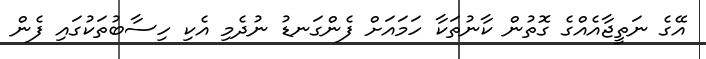
އޭގެ ނަތީޖާއެއްގެ ގޮތުން ކާނުތަކާ ހަމައަށް ފެންގަނޑު ނުދެމި އެކި ހިސާބުތަކުގައި ފެން